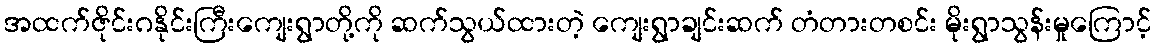
အထက်ဇိုင်းဂနိုင်းကြီးကျေးရွာတို့ကို ဆက်သွယ်ထားတဲ့ ကျေးရွာချင်းဆက် တံတားတစင်း မိုးရွာသွန်းမှုကြောင့်